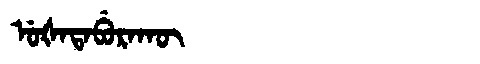
Manchu: ᡠᡧᠠᡨᠠᠪᡠᡵᠠᡴᡡ
Romanization: UŠATABURAKŪ